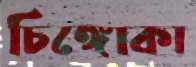
চিঙ্গোকা